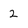
Character: 2